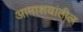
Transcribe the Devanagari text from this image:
आमाशयांतील